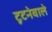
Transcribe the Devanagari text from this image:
टूटनेवाले